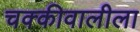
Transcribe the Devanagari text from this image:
चक्कीवालीला